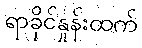
ရာခိုင်နှုန်းထက်